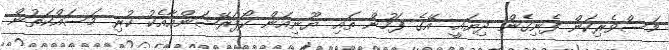
މަސްވެރިކަން ފެނިގެން ދިޔައީ. އޭގެ ފަހުން ތައި ޔޫނިއަން ކޯޕަރޭޝަންއާއެކު ކުރި މަސައްކަތުން